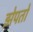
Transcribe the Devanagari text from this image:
झेपतो